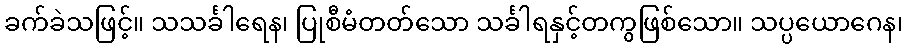
ခက်ခဲသဖြင့်။ သသင်္ခါရေန၊ ပြုစီမံတတ်သော သင်္ခါရနှင့်တကွဖြစ်သော။ သပ္ပယောဂေန၊